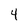
Character: 4